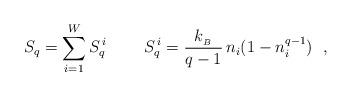
LaTeX: \begin{align*}S_q=\sum_{i=1}^W S_q^{\, i} \ \ \ \ \ \ \ S_q^{\, i}=\frac{k_{_B}}{q-1} \, n_i (1-n_i^{q-1}) \ \ ,\end{align*}